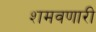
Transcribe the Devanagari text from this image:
शमवणारी